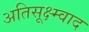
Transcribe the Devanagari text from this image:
अतिसूक्ष्म्वाद